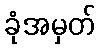
ခုံအမှတ်